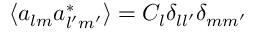
\langle a _ { l m } a _ { l ^ { \prime } m ^ { \prime } } ^ { * } \rangle = C _ { l } \delta _ { l l ^ { \prime } } \delta _ { m m ^ { \prime } }